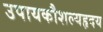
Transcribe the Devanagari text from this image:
उपायकौशल्यहृदय